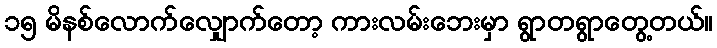
၁၅ မိနစ်လောက်လျှောက်တော့ ကားလမ်းဘေးမှာ ရွာတရွာတွေ့တယ်။